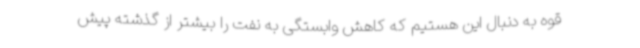
قوه به دنبال این هستیم که کاهش وابستگی به نفت را بیشتر از گذشته پیش